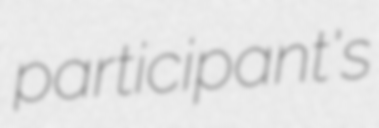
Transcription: participant's